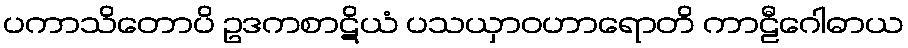
ပကာသိတောပိ ဥဒကစာဋိယံ ပသယှာဝဟာရောတိ ကာဠီဂေါဓာယ